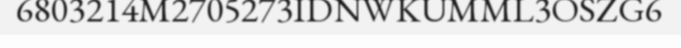
6803214M2705273IDNWKUMML3OSZG6